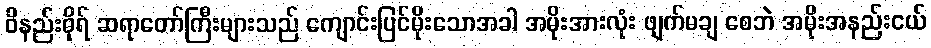
ဝိနည်းဓိုရ် ဆရာတော်ကြီးများသည် ကျောင်းပြင်မိုးသောအခါ အမိုးအားလုံး ဖျက်မချ စေဘဲ အမိုးအနည်းငယ်